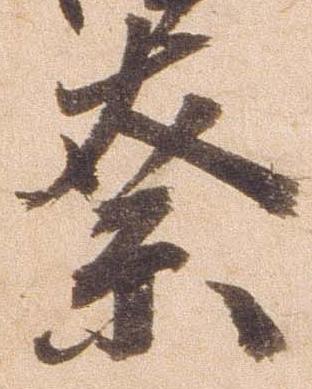
奈